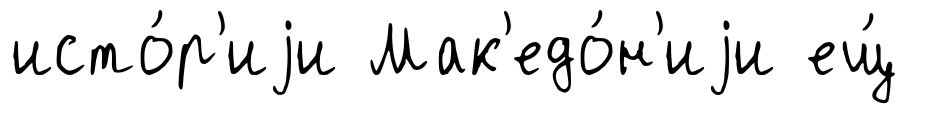
исто́р'иjи Мак'едо́н'иjи ещ́